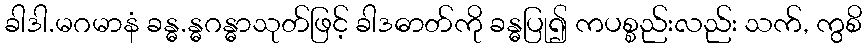
ခါဒါ.မဂမာနံ ခန္ဓ.န္ဓဂန္ဓာသုတ်ဖြင့် ခါဒဓာတ်ကို ခန္ဓပြု၍ ကပစ္စည်းလည်း သက်, ကွစိ